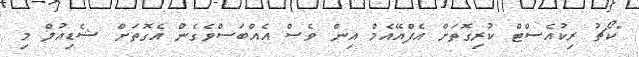
"ކޯޗު ރިކުއެސްޓް ކުރިގޮތަށް އެފްއޭއެމް އިން ވެސް އެއްބަސްވެގެން އެގޮތަށް ޝެޑިއުލް މި